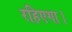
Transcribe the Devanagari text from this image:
रहिएगा।